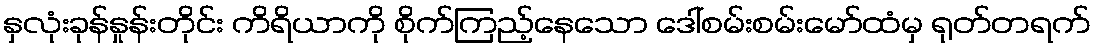
နှလုံးခုန်နှုန်းတိုင်း ကိရိယာကို စိုက်ကြည့်နေသော ဒေါ်စမ်းစမ်းမော်ထံမှ ရုတ်တရက်